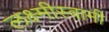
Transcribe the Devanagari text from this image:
लक्ष्मीस्वामी